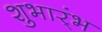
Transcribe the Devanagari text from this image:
शुभार्ंभ